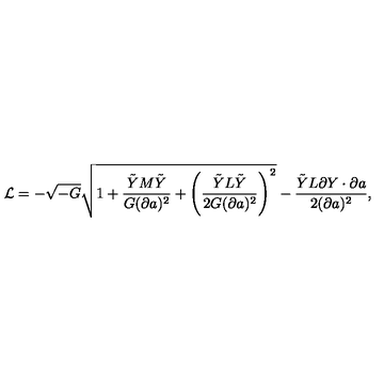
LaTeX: { \cal L } = - \sqrt { - G } \sqrt { 1 + { \frac { \tilde { Y } M \tilde { Y } } { G ( \partial a ) ^ { 2 } } } + \left( { \frac { \tilde { Y } L \tilde { Y } } { 2 G ( \partial a ) ^ { 2 } } } \right) ^ { 2 } } - { \frac { \tilde { Y } L \partial Y \cdot \partial a } { 2 ( \partial a ) ^ { 2 } } } ,